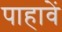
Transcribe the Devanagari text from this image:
पाहावें